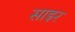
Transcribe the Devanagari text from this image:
साइर